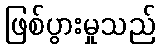
ဖြစ်ပွားမှုသည်